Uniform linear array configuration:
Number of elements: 16
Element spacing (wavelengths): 1
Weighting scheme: binomial
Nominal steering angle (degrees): -15
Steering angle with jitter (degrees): -15.186
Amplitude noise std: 0.05
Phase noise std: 0.05

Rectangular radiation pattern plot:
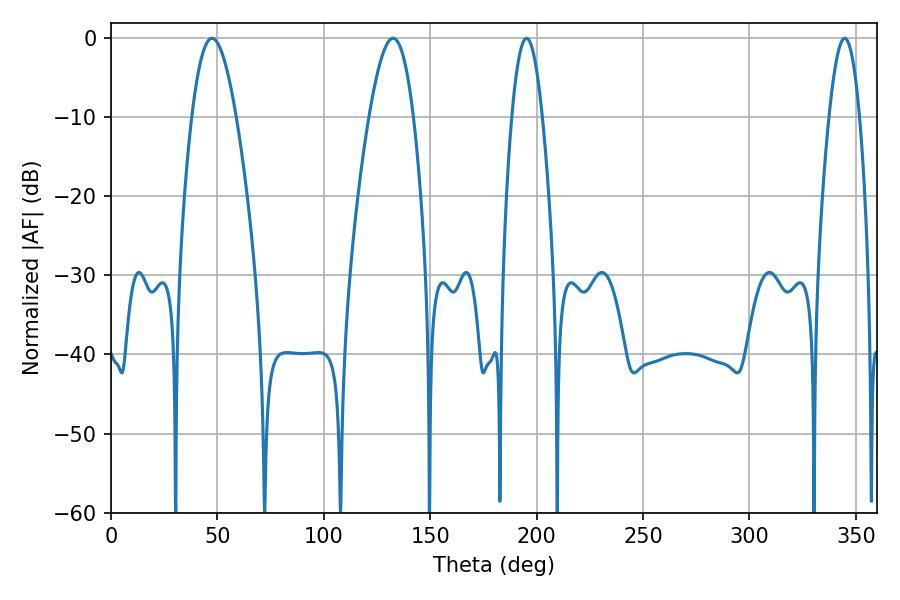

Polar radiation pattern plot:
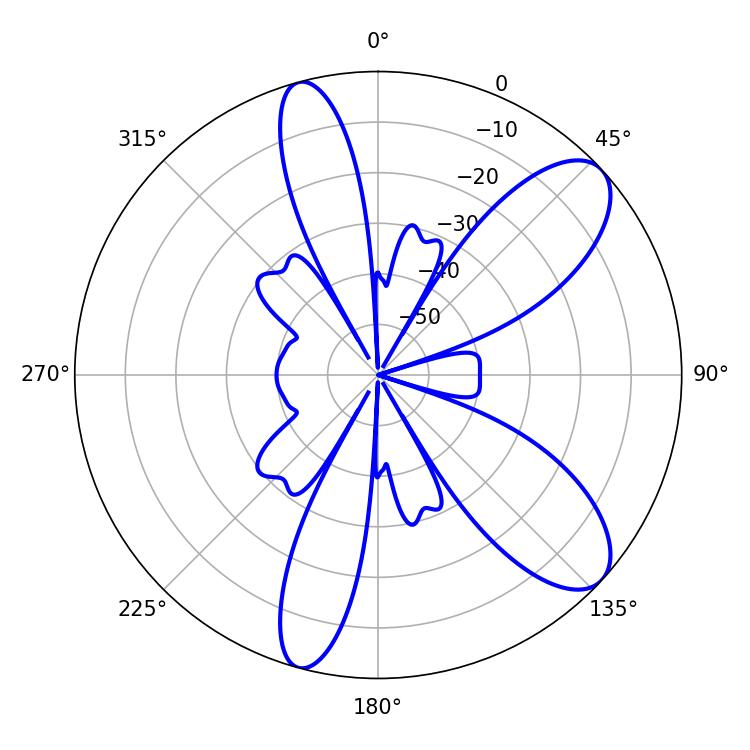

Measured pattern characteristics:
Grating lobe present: TRUE
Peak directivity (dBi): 9.252
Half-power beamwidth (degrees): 11.34
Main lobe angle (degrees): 47.52